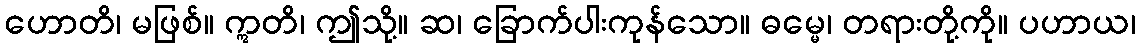
ဟောတိ၊ မဖြစ်။ ဣတိ၊ ဤသို့။ ဆ၊ ခြောက်ပါးကုန်သော။ ဓမ္မေ၊ တရားတို့ကို။ ပဟာယ၊